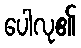
ပေါလု၏